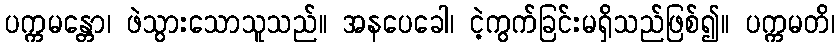
ပက္ကမန္တော၊ ဖဲသွားသောသူသည်။ အနပေခေါ၊ ငဲ့ကွက်ခြင်းမရှိသည်ဖြစ်၍။ ပက္ကမတိ၊